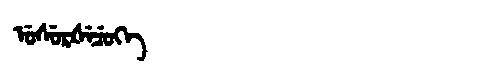
Manchu: ᡠᠰᡠᡵᡧᡝᠴᡠᡴᡝ
Romanization: USURŠECUKE